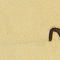
8